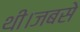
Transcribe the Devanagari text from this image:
थी।जबसे